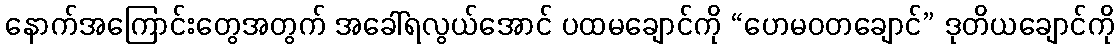
နောက်အကြောင်းတွေအတွက် အခေါ်ရလွယ်အောင် ပထမချောင်ကို “ဟေမဝတချောင်” ဒုတိယချောင်ကို